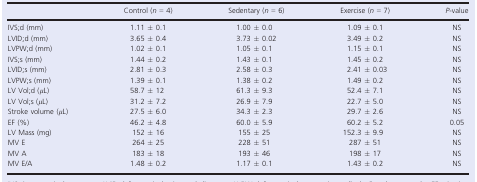
|  | Control (n = 4) | Sedentary (n = 6) | Exercise (n = 7) | P-value |
 | --- | --- | --- | --- | --- |
 | IVS;d (mm) | 1.11 ± 0.1 | 1.00 ± 0.0 | 1.09 ± 0.1 | NS |
 | LVID;d (mm) | 3.65 ± 0.4 | 3.73 ± 0.02 | 3.49 ± 0.2 | NS |
 | LVPW;d (mm) | 1.02 ± 0.1 | 1.05 ± 0.1 | 1.15 ± 0.1 | NS |
 | IVS;s (mm) | 1.44 ± 0.2 | 1.43 ± 0.1 | 1.45 ± 0.2 | NS |
 | LVID;s (mm) | 2.81 ± 0.3 | 2.58 ± 0.3 | 2.41 ± 0.03 | NS |
 | LVPW;s (mm) | 1.39 ± 0.1 | 1.38 ± 0.2 | 1.49 ± 0.2 | NS |
 | LV Vol;d (μL) | 58.7 ± 12 | 61.3 ± 9.3 | 52.4 ± 7.1 | NS |
 | LV Vol;s (μL) | 31.2 ± 7.2 | 26.9 ± 7.9 | 22.7 ± 5.0 | NS |
 | Stroke volume (μL) | 27.5 ± 6.0 | 34.3 ± 2.3 | 29.7 ± 2.6 | NS |
 | EF (%) | 46.2 ± 4.8 | 60.0 ± 5.9 | 60.2 ± 5.2 | 0.05 |
 | LV Mass (mg) | 152 ± 16 | 155 ± 25 | 152.3 ± 9.9 | NS |
 | MV E | 264 ± 25 | 228 ± 51 | 287 ± 51 | NS |
 | MV A | 183 ± 18 | 193 ± 46 | 198 ± 17 | NS |
 | MV E/A | 1.48 ± 0.2 | 1.17 ± 0.1 | 1.43 ± 0.2 | NS |